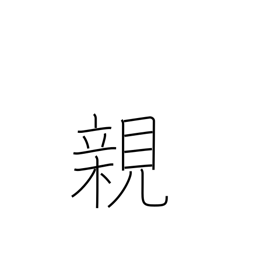
Meaning: parent